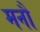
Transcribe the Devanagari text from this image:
मनौ